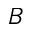
B